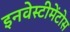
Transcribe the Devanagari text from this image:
इनवेस्टीमेंटोस